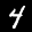
Label: 4